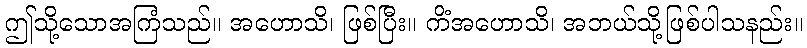
ဤသို့သောအကြံသည်။ အဟောသိ၊ ဖြစ်ပြီး။ ကိံအဟောသိ၊ အဘယ်သို့ဖြစ်ပါသနည်း။